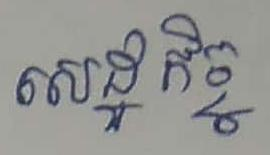
សេដ្ឋកិច្ច